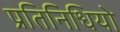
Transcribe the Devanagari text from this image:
प्रतिनिधियो